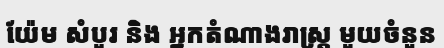
យ៉ែម សំបួរ និង អ្នកតំណាងរាស្ត្រ មួយចំនួន